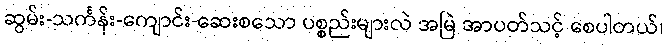
ဆွမ်း-သင်္ကန်း-ကျောင်း-ဆေးစသော ပစ္စည်းများလဲ အမြဲ အာပတ်သင့် စေပါတယ်၊